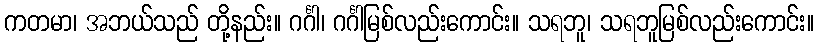
ကတမာ၊ အဘယ်သည် တို့နည်း။ ဂင်္ဂါ၊ ဂင်္ဂါမြစ်လည်းကောင်း။ သရဘူ၊ သရဘူမြစ်လည်းကောင်း။